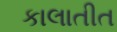
કાલાતીત